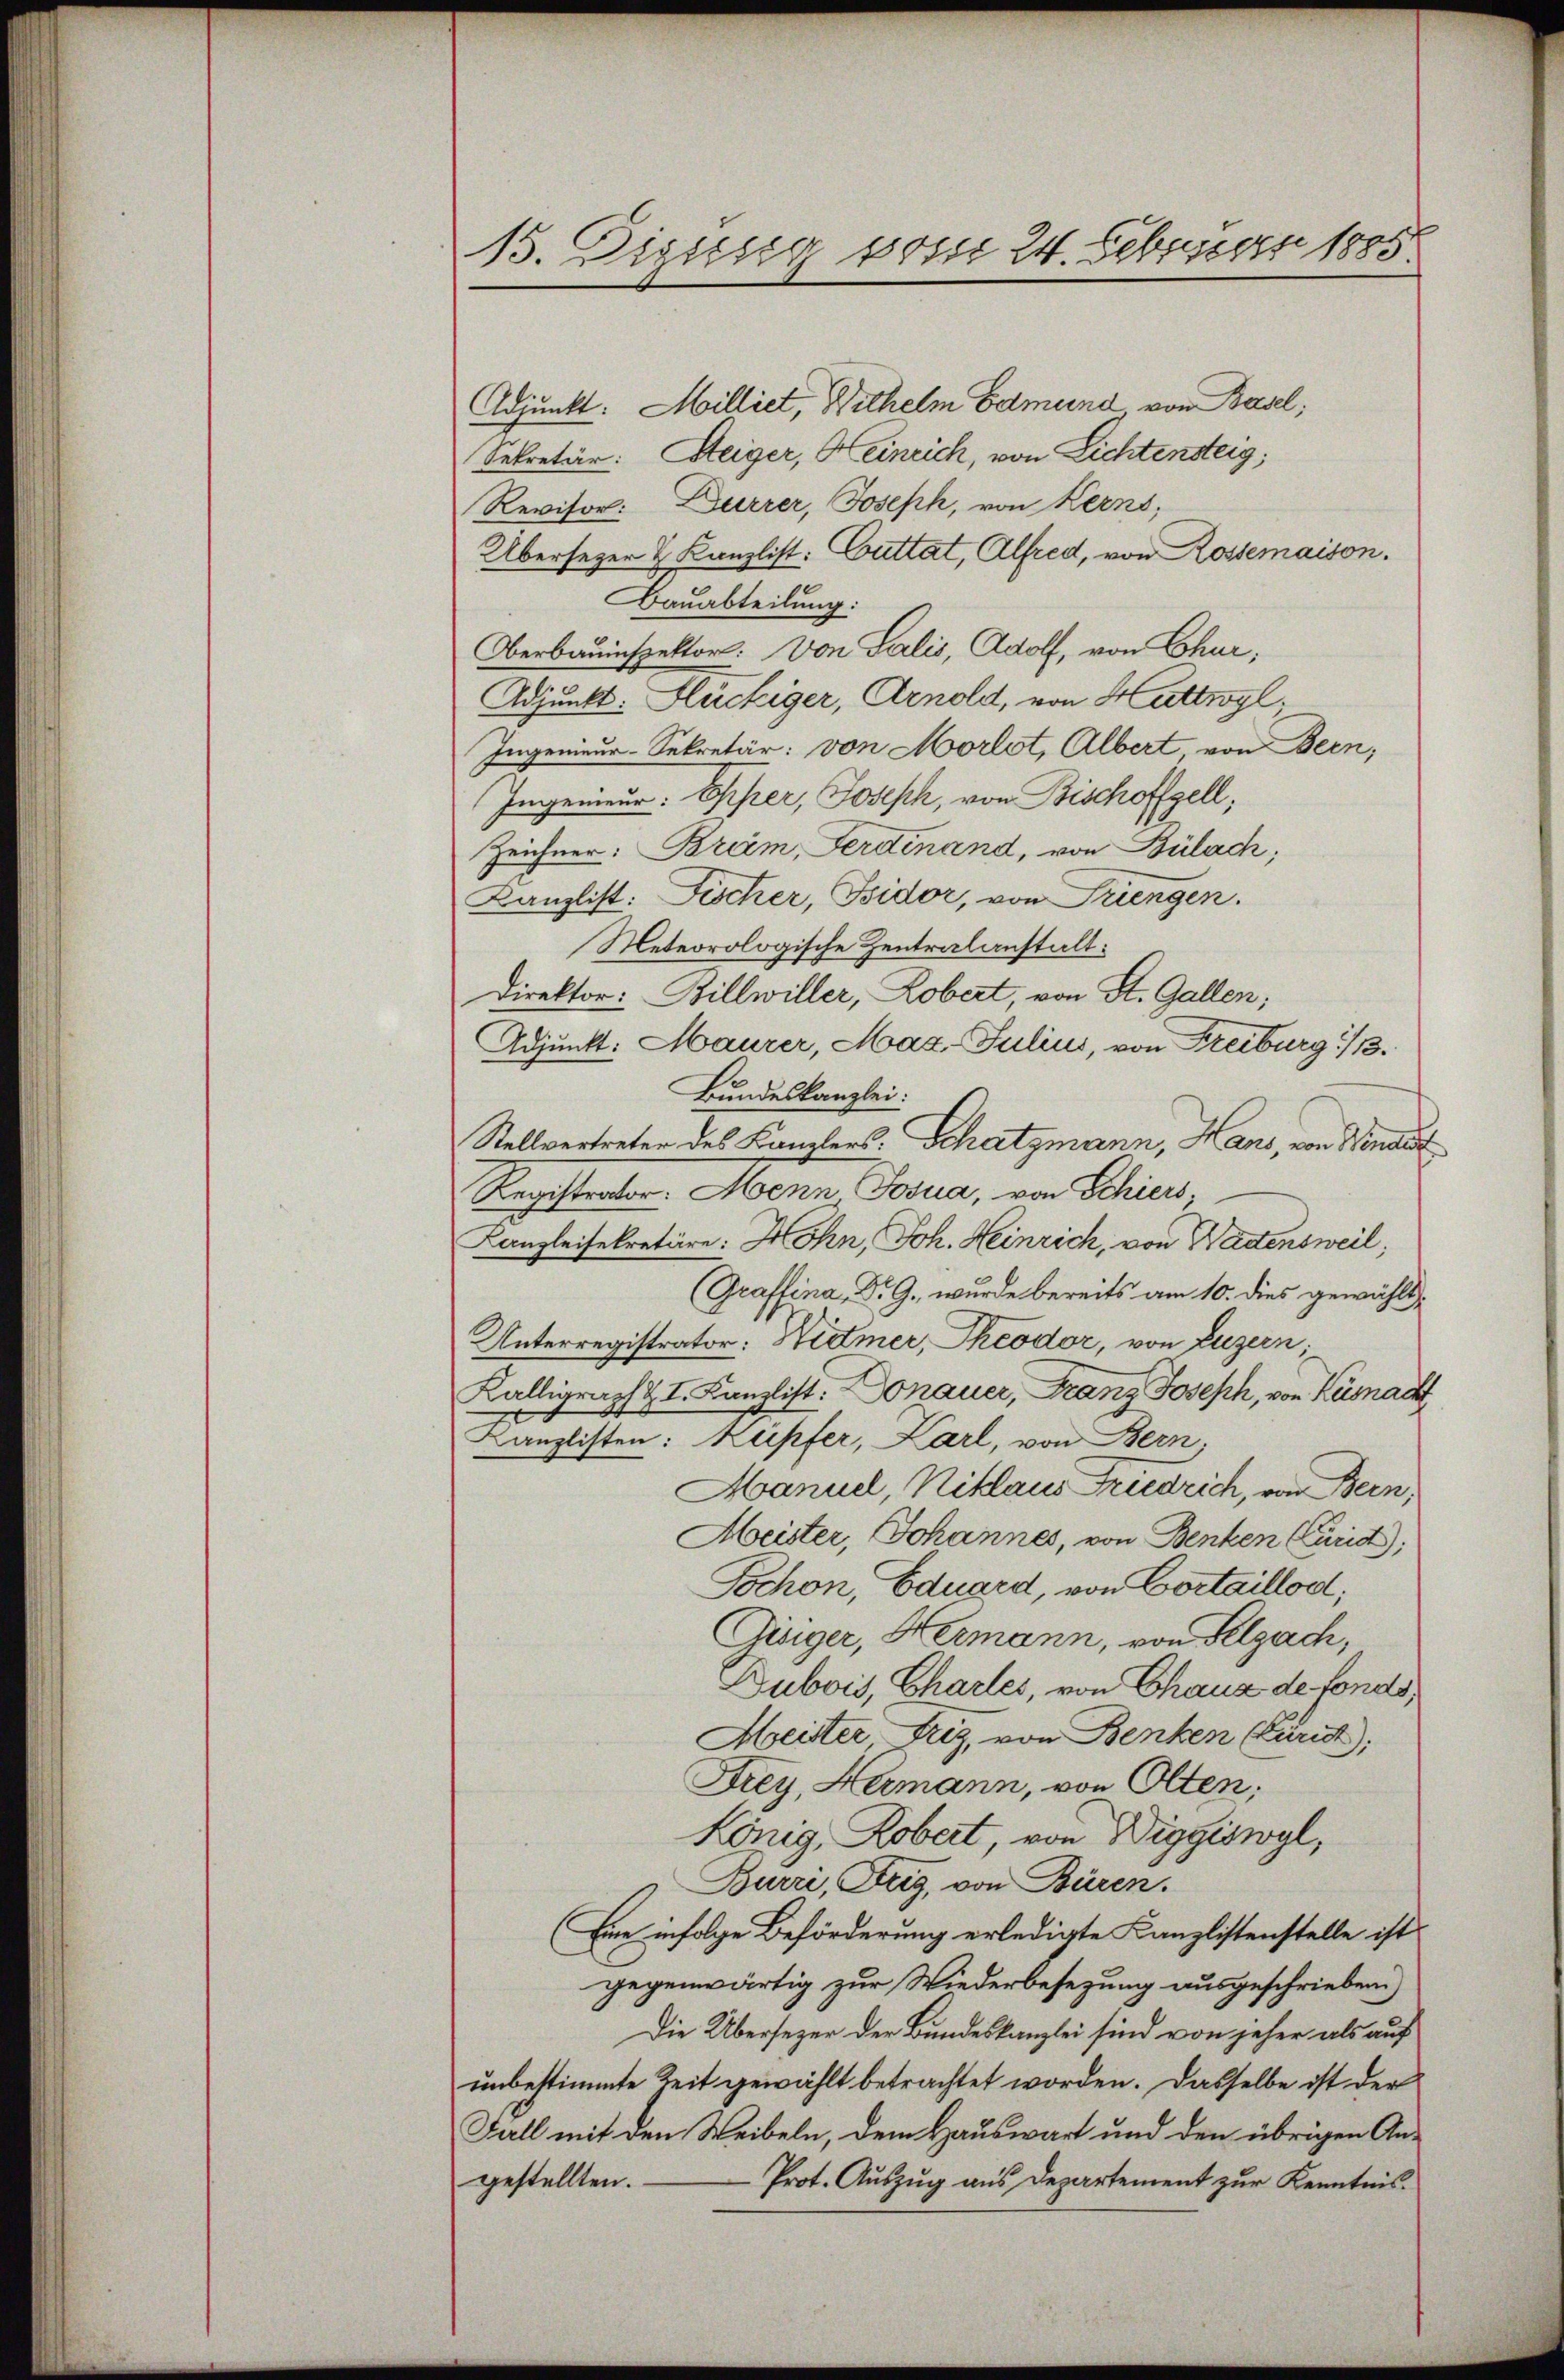
15. Disses vom 24. Februar 1885

Adjunkt. Milliet, Wilhelm Edmund von Basel;
Sekretär: Steiger, Heinrich, von Lichtensteig,
Revisor: Durrer, Joseph, von Kerns,
Übersezer & Kanzlist: Guttat, Alfred, von Rossemaison.
Bauabteilung:
Oberbauinspektor: Von Salis, Adolf, von Chur,
Adjunkt: Flückiger, Arnold, von Huttwyl
Ingenieur-Sekretär: von Morlot, Albert, von Bern;
Ingenieur: Oper, Joseph, von Bischoffzell,
Zeichner: Bräm, Ferdinand, von Bülach,
Kanzlist: Fischer, Bidor, von Triengen.
Meteorologische Zentralanstalt:
Direktor: Billwiller, Zobert, von St. Gallen;
Adjunkt: Maurer, Maz-Julius, von Freiburg 1/3.
Bundeskanzlei:
Stellvertreten des Kanzlers: Schatzmann, Hans, von Windet
Registenten. Mann Josua, von Schiers,
Kanzleisekretäre: Hohn, Joh. Heinrich, von Wadensweil,
Graffina, Dr. G., wurde bereits am 10. dies gewählt,
Unterregistrator: Widmer, Theodor, von Luzern;
Källigraph & I. Kanzlist. Donauer, Franz Joseph, von Küsnach
Kanzlisten: Kupfer, Karl, von Bern,
Manuel, Niklaus Friedrich, von Bern,
Meister, Johannes, von Benken Curia);
Tochon, Eduard, von Cortaillod;
Gisiger, Hermann, von Pelzach,
Dubois, Chartes, von Chaus de fonds,
Meister-Triz, von Benken (kurist),
Frey, Hermann, von Olten;
König, Robert, von Wiggiswyl,
Burri, Steig, von Büren.
(Eine infolge Beförderung erledigte Kanzlistenstelle ist
gegenwärtig zur Wiederbesezung ausgeschriebend)
Die Übersezer der Bundeskanzlei sind von jeher als auf
unbestimmte Zeit gewählt betrachtet worden. Dasselbe ist der
Fall mit den Weibeln, dem Hauswart und den übrigen An-
gestellten. Prot. Aŭszŭg ans Departement zur Kenntnis-